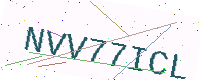
Text: NVV77ICL